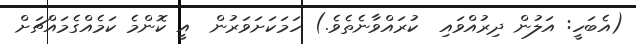
(އެބަހީ: އަލުން ދިރުއްވައި  ކުރައްވާނެތެވެ.) ހަމަކަށަވަރުން  އީ ކޮންމެ ކަމެއްގެމައްޗަށް